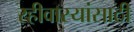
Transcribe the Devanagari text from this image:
रहीवास्यांसाठी